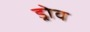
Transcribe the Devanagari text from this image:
ड्रोव